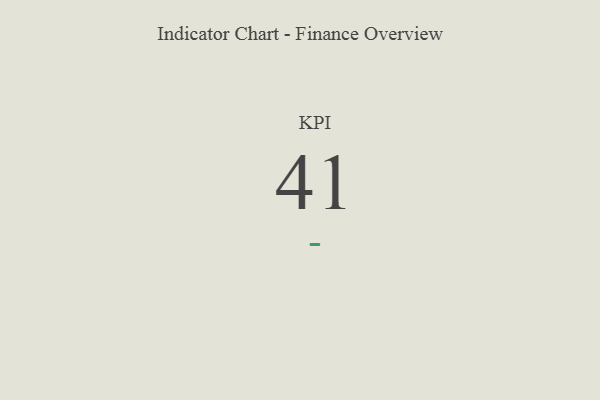
{"axis": {"x": "KPI", "y": "Value"}, "legend": [""], "data": [{"x": "KPI", "y": 41, "type": ""}]}